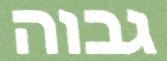
גבוה